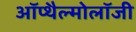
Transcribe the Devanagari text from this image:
ऑप्थैल्मोलॉजी